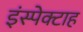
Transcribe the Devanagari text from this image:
इंस्पेक्टाह